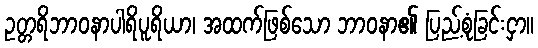
ဥတ္တရိဘာဝနာပါရိပူရိယာ၊ အထက်ဖြစ်သော ဘာဝနာ၏ ပြည့်စုံခြင်းငှာ။